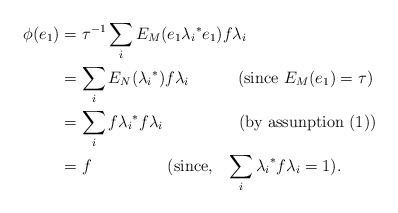
\begin{align*} \phi(e_1) & = {\tau}^{-1}\sum_iE_M(e_1{\lambda_i}^*e_1)f{\lambda_i}\\ & = \sum_iE_N({\lambda_i}^*)f \lambda_i~~~~~~~~~(\textrm {since}~E_M(e_1)=\tau)\\ & = \sum_i f{\lambda_i}^*f\lambda_i~~~~~~~~~~~~~~(\textrm {by assunption}~(1))\\ & = f~~~~~~~~~~~~~~(\textrm {since}, ~~\sum_i{\lambda_i}^* f {\lambda_i}= 1).\end{align*}